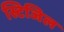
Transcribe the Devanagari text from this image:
स्टिजिल